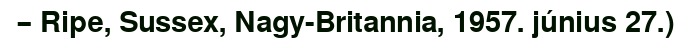
– Ripe, Sussex, Nagy-Britannia, 1957. június 27.)